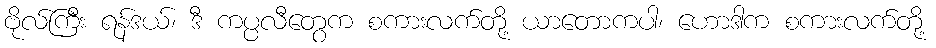
ဗိုလ်ကြီး ရန်ဒယ်၊ ဒီ ကပ္ပလီတွေက စကားလက်တို့ ယာတောကပါ၊ ဟောဒါက စကားလက်တို့